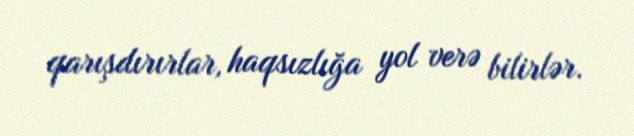
qarışdırırlar, haqsızlığa yol verə bilirlər.